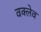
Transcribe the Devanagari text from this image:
वक्लेव